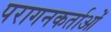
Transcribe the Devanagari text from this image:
परागनकर्ताओं